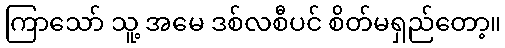
ကြာသော် သူ့ အမေ ဒစ်လစီပင် စိတ်မရှည်တော့။